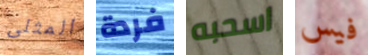
المثلى فردة اسحبه فيس